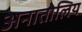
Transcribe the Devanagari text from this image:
अनातोलिय